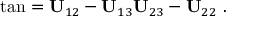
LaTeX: \tan \b = { { \bf U } _ { 1 2 } - { \bf U } _ { 1 3 } \o { \bf U } _ { 2 3 } - { \bf U } _ { 2 2 } } \ .